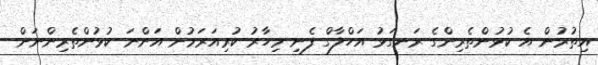
އިތުރުން އެ ކުޅުންތެރިންގެ ރަނގަޅު އަހްލާގް ފެނި މިހާރު ކުރިއަރަމުން އަންނަ ކުޅުންތެރިންނަށް